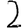
Digit: 2